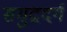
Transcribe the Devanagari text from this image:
समुद्रदर्ग